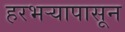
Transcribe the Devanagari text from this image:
हरभऱ्यापासून